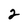
Character: 2